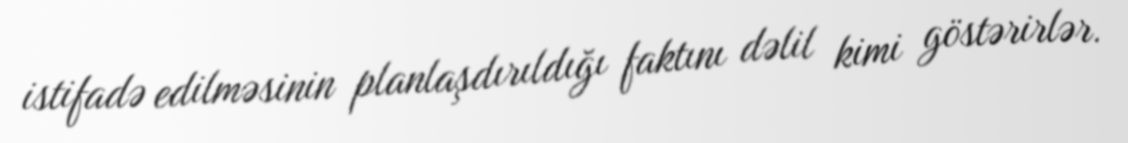
istifadə edilməsinin planlaşdırıldığı faktını dəlil kimi göstərirlər.